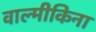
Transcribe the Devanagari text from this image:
वाल्मीकिना